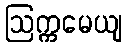
ဩက္ကမေယျ